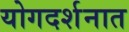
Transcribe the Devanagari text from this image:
योगदर्शनात